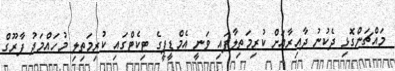
މައްޗަންގޮޅި ދެކުނު ދާއިރާއަށް ކުރިމަތިލާފައި ވަނީ އެމްޑީޕީގެ ޓިކެޓްގައި ކުރިމަތިލި މުހައްމަދު ފާރޫގް